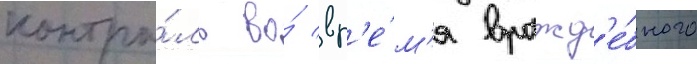
контро́ль во́ вр'е́м'я вражд'е́бного